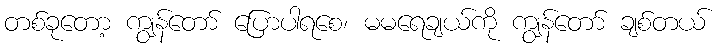
တစ်ခုတော့ ကျွန်တော် ပြောပါရစေ၊ မမရေချယ်ကို ကျွန်တော် ချစ်တယ်